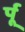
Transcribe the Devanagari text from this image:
र्पू